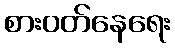
စားဝတ်နေရေး